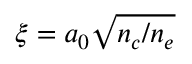
\xi = a _ { 0 } \sqrt { n _ { c } / n _ { e } }